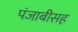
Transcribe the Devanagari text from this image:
पंजाबीसह